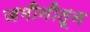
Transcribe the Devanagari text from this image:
जमीनीतून